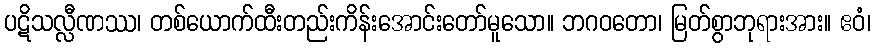
ပဋိသလ္လီဏဿ၊ တစ်ယောက်ထီးတည်းကိန်းအောင်းတော်မူသော။ ဘဂဝတော၊ မြတ်စွာဘုရားအား။ ဧဝံ၊